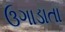
ઉગાડાતા